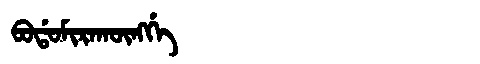
Manchu: ᠪᠣᡩᠣᠮᡳᡵᠠᡴᡡᠩᡤᡝ
Romanization: BODOMIRAKŪNGGE